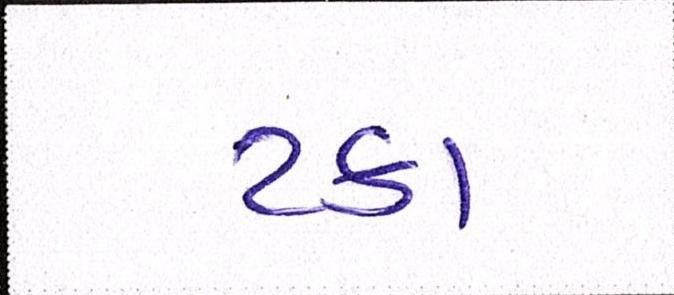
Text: ટકા